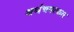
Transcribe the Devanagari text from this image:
अर्थचमत्कार